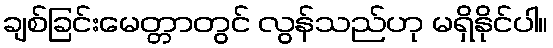
ချစ်ခြင်းမေတ္တာတွင် လွန်သည်ဟု မရှိနိုင်ပါ။